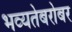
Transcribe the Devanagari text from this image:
भव्यतेबरोबर